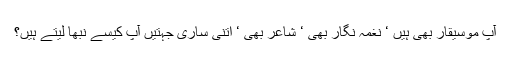
آپ موسیقار بھی ہیں ‘ نغمہ نگار بھی ‘ شاعر بھی ‘ اتنی ساری جہتیں آپ کیسے نبھا لیتے ہیں؟